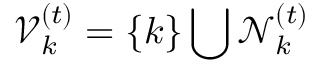
\mathcal { V } _ { k } ^ { ( t ) } = \{ k \} \bigcup \mathcal { N } _ { k } ^ { ( t ) }